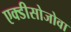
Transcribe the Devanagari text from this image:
एक्डीसोजोवा